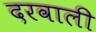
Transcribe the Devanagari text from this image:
दरवाली